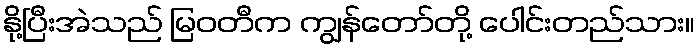
နို့ပြီးအဲသည် မြဝတီက ကျွန်တော်တို့ ပေါင်းတည်သား။